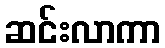
ဆင်းလာကာ